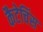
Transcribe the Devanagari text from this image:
कैटेचिंस